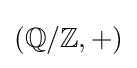
(\mathbb {Q} /\mathbb {Z} ,+)